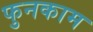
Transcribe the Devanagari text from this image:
फुनकाम